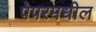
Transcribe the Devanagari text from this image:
पेपरमधील